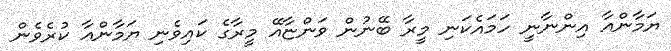
ޔަމާންއާ އިންނާނީ ހަމައެކަނި މީރާ ބޭނުން ވަންޏާއޭ މީރާގެ ކައިވެނި ޔަމާންއާ ކުރެވެން